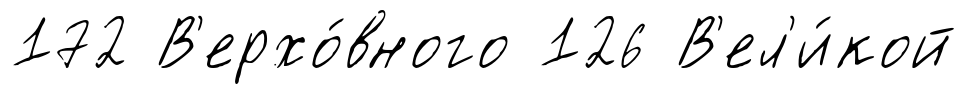
172 В'ерхо́вного 126 В'ел'и́кой